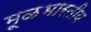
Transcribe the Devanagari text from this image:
मूळभारतीय